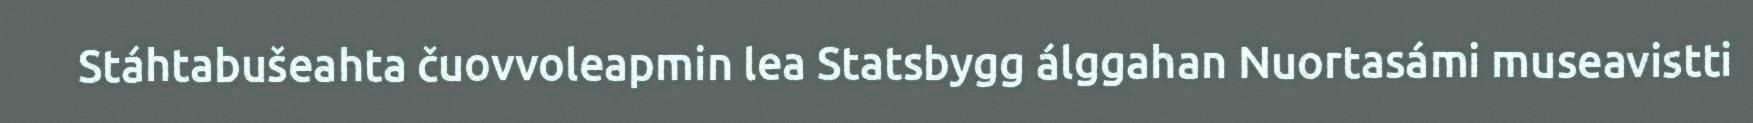
Stáhtabušeahta čuovvoleapmin lea Statsbygg álggahan Nuortasámi museavistti